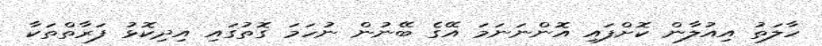
ހާލަތު އިއުލާން ކޮށްފައި އޮންނަނަމަ އޭގެ ބޭނުން ނުހަމަ ގޮތުގައި އިދިކޮޅު ފަރާތްތަކާ